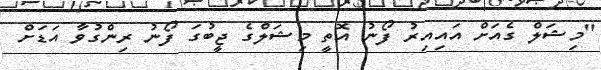
"މިޝަލް ގެއަށް އައިއިރު ފޯނު އޮތީ މިޝަލްގެ ޖީބުގަ ފޯނު ރިންގުވާ އަޑަށް